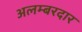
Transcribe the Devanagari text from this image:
अलम्बरदार